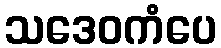
သဒေဝကံပေ